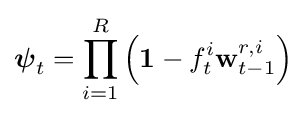
{\boldsymbol {\psi }}_{t}=\prod _{i=1}^{R}\left(\mathbf {1} -f_{t}^{i}\mathbf {w} _{t-1}^{r,i}\right)